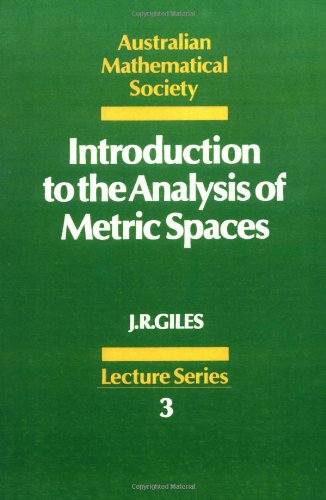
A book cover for Introduction to the Analysis of Metric Spaces (Australian Mathematical Society Lecture Series); John R. Giles; Science & Math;